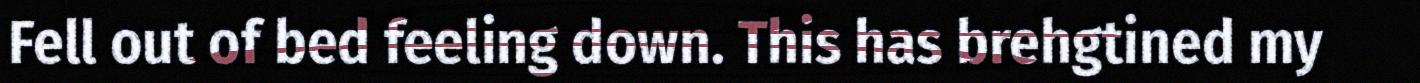
Fell out of bed feeling down. This has brehgtined my